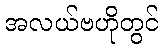
အလယ်ဗဟိုတွင်